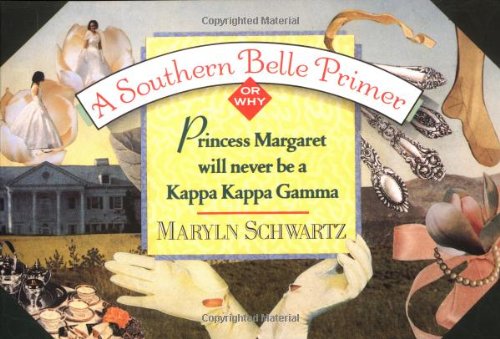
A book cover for A Southern Belle Primer: Why Princess Margaret Will Never Be a Kappa Kappa Gamma; Maryln Schwartz; Reference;